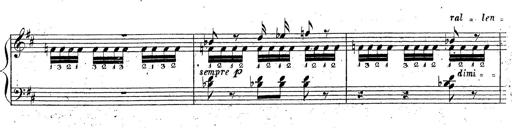
Title: Grande fantaisie sur la tyrolienne de l'opÃ©ra
Composer: Franz Liszt
Key: A major